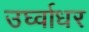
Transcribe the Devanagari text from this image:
उर्घ्वाधर